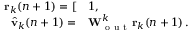
\begin{array} { r l } { \mathbf { r } _ { k } ( n + 1 ) = [ } & { { } 1 , } \\ { \hat { \mathbf { v } } _ { k } ( n + 1 ) = } & { { } \mathbf { W } _ { \mathrm { ~ o ~ u ~ t ~ } } ^ { k } \mathbf { r } _ { k } ( n + 1 ) \, . } \end{array}